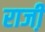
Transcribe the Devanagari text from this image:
राजी़